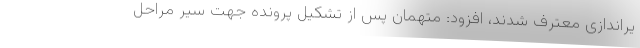
یراندازی معترف شدند، افزود: متهمان پس از تشکیل پرونده جهت سیر مراحل